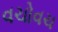
વચોવચ